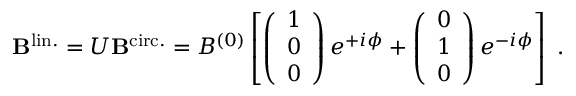
{ \bf B } ^ { \mathrm { l i n . } } = U { \bf B } ^ { \mathrm { c i r c . } } = B ^ { ( 0 ) } \left[ \left( \begin{array} { l } { { 1 } } \\ { { 0 } } \\ { { 0 } } \end{array} \right) e ^ { + i \phi } + \left( \begin{array} { l } { { 0 } } \\ { { 1 } } \\ { { 0 } } \end{array} \right) e ^ { - i \phi } \right] \ .